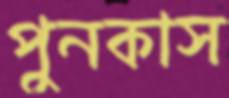
পুনকাস